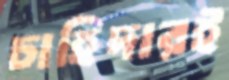
চাহিদারই